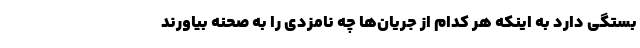
بستگی دارد به اینکه هر کدام از جریان‌ها چه نامزدی را به صحنه بیاورند